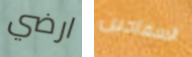
ارضي السفاحين